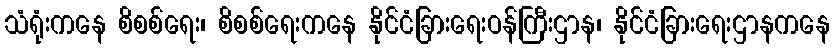
သံရုံးကနေ စိစစ်ရေး၊ စိစစ်ရေးကနေ နိုင်ငံခြားရေးဝန်ကြီးဌာန၊ နိုင်ငံခြားရေးဌာနကနေ